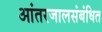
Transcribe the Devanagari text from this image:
आंतरजालसंबंधित